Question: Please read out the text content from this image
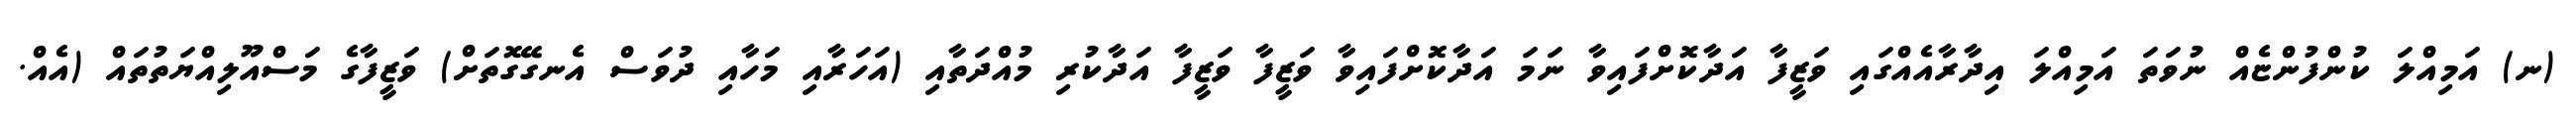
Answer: (ނ) އަމިއްލަ ކުންފުންޏެއް ނުވަތަ އަމިއްލަ އިދާރާއެއްގައި ވަޒީފާ އަދާކޮށްފައިވާ ނަމަ އަދާކޮށްފައިވާ ވަޒީފާ ވަޒީފާ އަދާކުރި މުއްދަތާއި (އަހަރާއި މަހާއި ދުވަސް އެނގޭގޮތަށް) ވަޒީފާގެ މަސްއޫލިއްޔަތުތައް (އެއް.